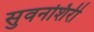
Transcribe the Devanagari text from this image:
सुवनशिरी